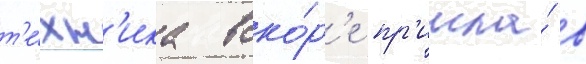
т'е́хн'ика вско́р'е пр'ишла́ в